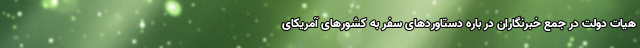
هیات دولت در جمع خبرنگاران در باره دستاوردهای سفر به کشورهای آمریکای